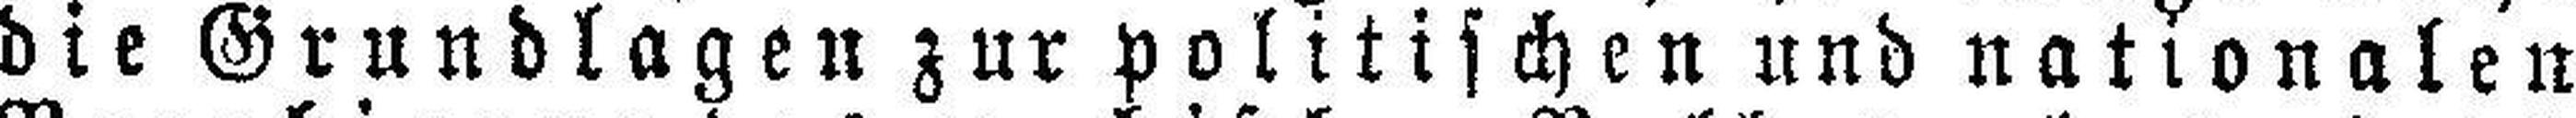
die Grundlagen zur politischen und nationalen